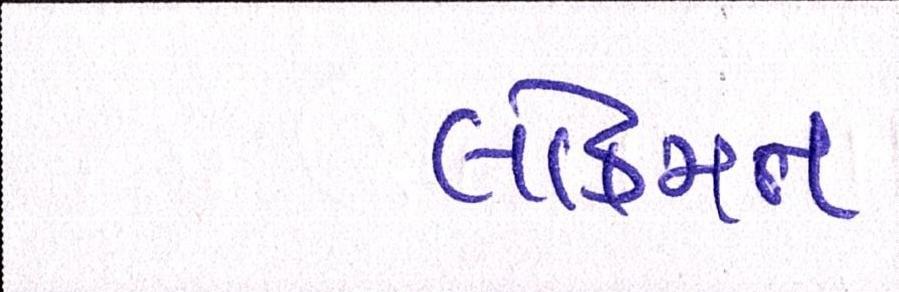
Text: લોકમત